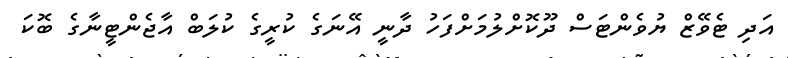
އަދި ޓެވޭޒް ޔުވެންޓަސް ދޫކޮށްލުމަށްފަހު ދާނީ އޭނަގެ ކުރީގެ ކުލަބް އާޖެންޓީނާގެ ބޮކަ